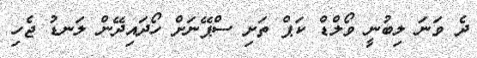
ދެ ވަނަ ލިބުނީ ވޯލްޑް ކަޕް ތަށި ސްޕޭނަށް ހޯދައިދޭން ލަނޑު ޖެހި